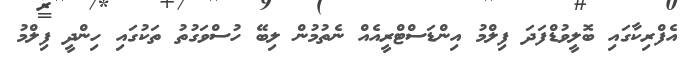
އެފްރިކާގައި ބޮލީވުޑްފަދަ ފިލްމު އިންޑަސްޓްރީއެއް ނެތުމުން ލިބޭ ހުސްވަގުތު ތަކުގައި ހިންދީ ފިލްމު